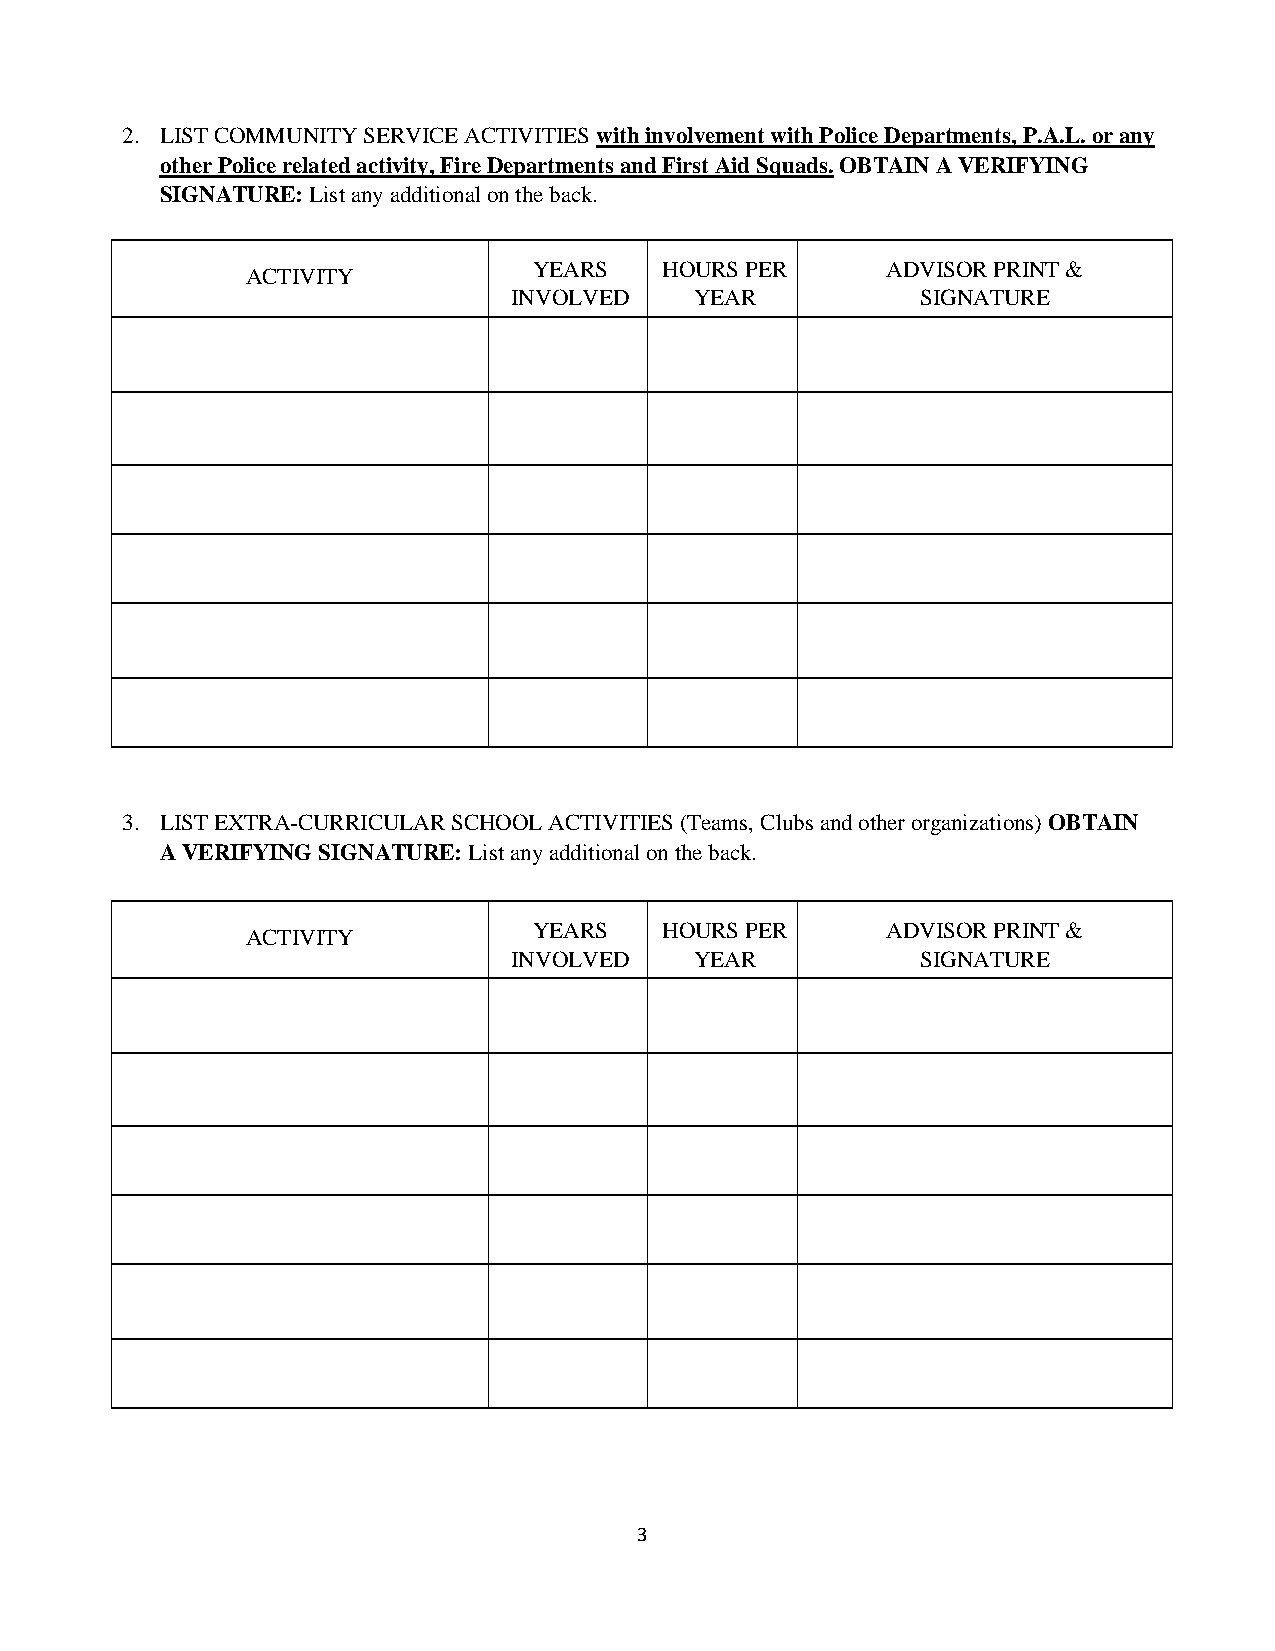
2. LIST COMMUNITY SERVICE ACTIVITIES with involvement with Police Departments, P.A.L. or any
 other Police related activity, Fire Departments and First Aid Squads. OBTAIN A VERIFYING
 SIGNATURE: List any additional on the back.
 YEARS    HOURS PER      ADVISOR PRINT &
 ACTIVITY
 INVOLVED    YEAR           SIGNATURE
 3. LIST EXTRA-CURRICULAR SCHOOL ACTIVITIES (Teams, Clubs and other organizations) OBTAIN
 A VERIFYING SIGNATURE: List any additional on the back.
 YEARS    HOURS PER      ADVISOR PRINT &
 ACTIVITY
 INVOLVED    YEAR           SIGNATURE
 3